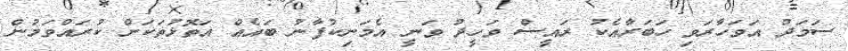
ސަމަދު އަވަހާރަވި ހަބަރާއެކު ރައީސް ވަހީދު ވަނީ އެމަނިކުފާނު ބައެއް އަތޮޅުތަކަށް ކުރައްވަމުން